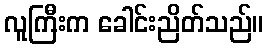
လူကြီးက ခေါင်းညိတ်သည်။